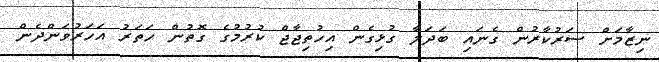
ނިޒާމަށް ސަރުކާރުން ގެނައި ބަދަލާ ގުޅިގެން އިހުތިޖާޖް ކުރުމުގެ ގޮތުން ހަތަރު އަހަރުވަންދެން